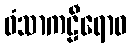
ဝံသာကဠီရောဝ